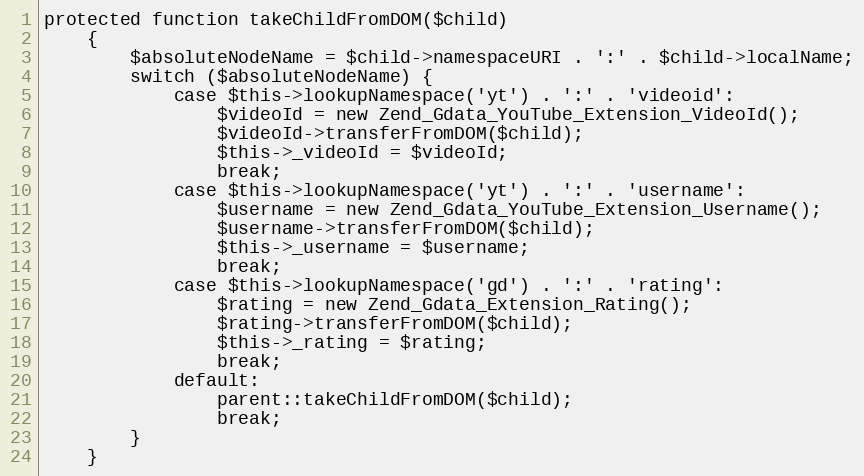
Language: PHP
protected function takeChildFromDOM($child)
    {
        $absoluteNodeName = $child->namespaceURI . ':' . $child->localName;
        switch ($absoluteNodeName) {
            case $this->lookupNamespace('yt') . ':' . 'videoid':
                $videoId = new Zend_Gdata_YouTube_Extension_VideoId();
                $videoId->transferFromDOM($child);
                $this->_videoId = $videoId;
                break;
            case $this->lookupNamespace('yt') . ':' . 'username':
                $username = new Zend_Gdata_YouTube_Extension_Username();
                $username->transferFromDOM($child);
                $this->_username = $username;
                break;
            case $this->lookupNamespace('gd') . ':' . 'rating':
                $rating = new Zend_Gdata_Extension_Rating();
                $rating->transferFromDOM($child);
                $this->_rating = $rating;
                break;
            default:
                parent::takeChildFromDOM($child);
                break;
        }
    }